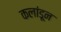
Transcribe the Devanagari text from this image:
कलांडून